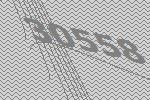
30558